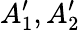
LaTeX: A_{1}^{\prime},A_{2}^{\prime}